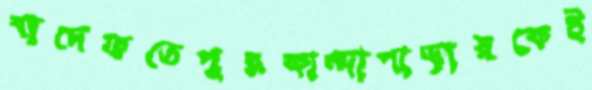
বাদেফতেপুরকান্দাপাড়ারকেই